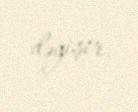
dəyişir.